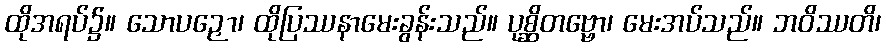
ထိုအရပ်၌။ သောပဉှော၊ ထိုပြဿနာမေးခွန်းသည်။ ပုစ္ဆိတဗ္ဗော၊ မေးအပ်သည်။ ဘဝိဿတိ၊